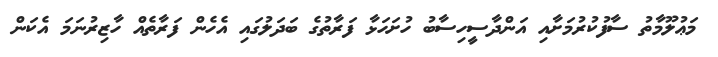
މަޢުލޫމާތު ސާފުކުރުމަށާއި އަންދާސީހިސާބު ހުށަހަޅާ ފަރާތުގެ ބަދަލުގައި އެހެން ފަރާތެއް ހާޒިރުނަމަ އެކަން